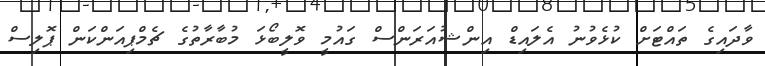
ވާދައިގެ ތައްޓަށް ކުޅެވުނު އެލައިޑް އިންޝުއަރަންސް ގައުމީ ވޮލީބޯޅަ މުބާރާތުގެ ޗެމްޕިއަންކަން ޕޮލިސް